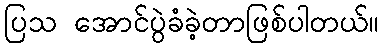
ပြသ အောင်ပွဲခံခဲ့တာဖြစ်ပါတယ်။